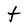
Character: t